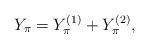
LaTeX: \begin{align*} Y_{\pi} = Y^{(1)}_{\pi} + Y^{(2)}_{\pi},\end{align*}